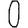
Digit: 0